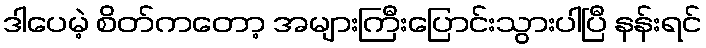
ဒါပေမဲ့ စိတ်ကတော့ အများကြီးပြောင်းသွားပါပြီ နန်းရင်